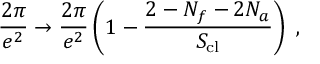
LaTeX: \frac { 2 \pi } { e ^ { 2 } } \rightarrow \frac { 2 \pi } { e ^ { 2 } } \left( 1 - \frac { 2 - N _ { f } - 2 N _ { a } } { S _ { \mathrm { c l } } } \right) \ ,